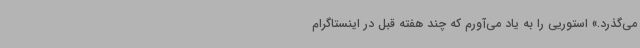
می‌گذرد.» استوریی را به یاد می‌آورم که چند هفته قبل در اینستاگرام